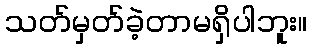
သတ်မှတ်ခဲ့တာမရှိပါဘူး။